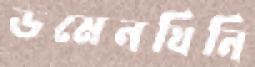
ডমেনঘিনি